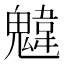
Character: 𩳷